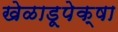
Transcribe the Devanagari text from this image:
खेळाडूपेक्षा